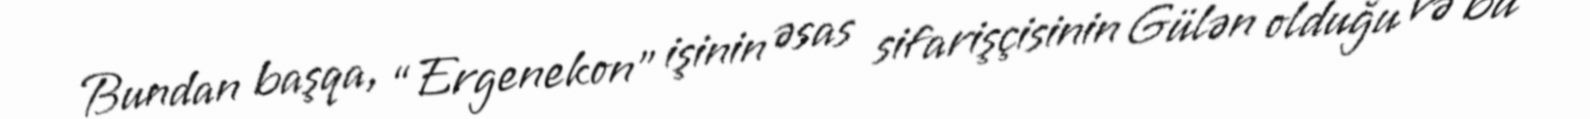
Bundan başqa, “Ergenekon” işinin əsas sifarişçisinin Gülən olduğu və bu